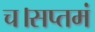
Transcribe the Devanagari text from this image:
च।सप्तमं